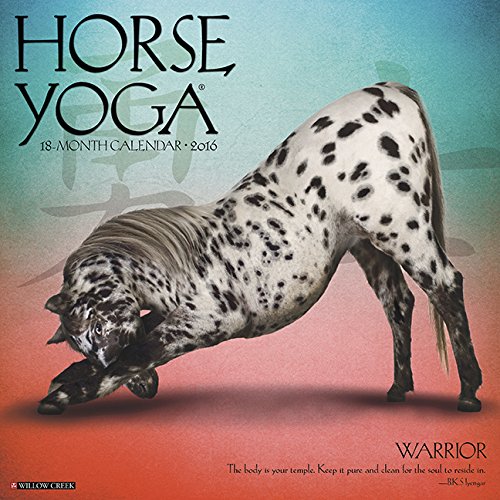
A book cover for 2016 Horse Yoga Wall Calendar; Willow Creek Press; Calendars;